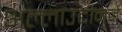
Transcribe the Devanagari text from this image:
अल्लाउद्दीनने